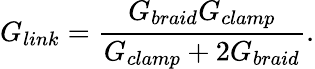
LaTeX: G_{link}=\frac{G_{braid}G_{clamp}}{G_{clamp}+2G_{braid}}.